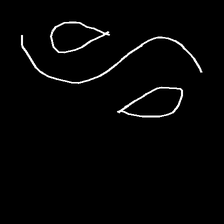
Glyph: water